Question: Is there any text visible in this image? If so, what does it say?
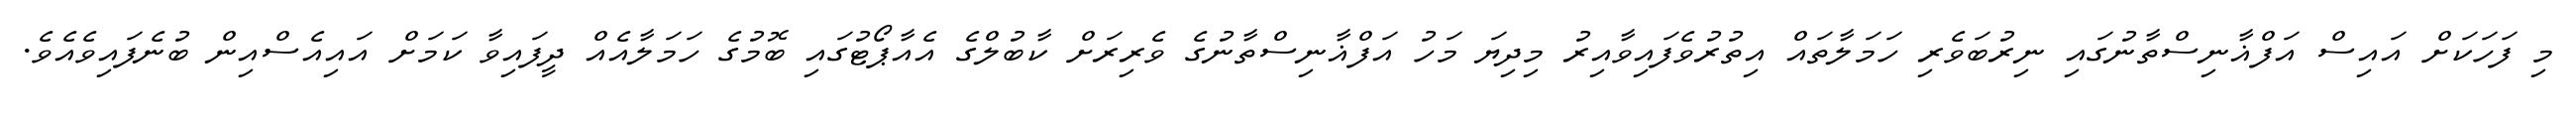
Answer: މި ފަހަކަށް އައިސް އަފްޣާނިސްތާނުގައި ނިރުބަވެރި ހަމަލާތައް އިތުރުވެފައިވާއިރު މިދިޔަ މަހު އަފްޣާނިސްތާނުގެ ވެރިރަށް ކާބުލްގެ އެއާޕޯޓުގައި ބޮމުގެ ހަމަލާއެއް ދީފައިވާ ކަމަށް އައިއެސްއިން ބުނެފައިވެއެވެ.